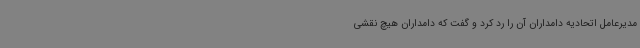
مدیرعامل اتحادیه دامداران آن را رد کرد و گفت که دامداران هیچ نقشی